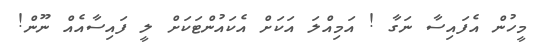
މީހުން އެފައިސާ ނަގާ ! އަމިއްލަ އަކަށް އެކައުންޓަކަށް ލީ ފައިސާއެއް ނޫން!